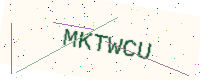
Text: MKTWCU